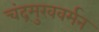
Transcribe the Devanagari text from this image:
चंद्रमुखवर्मन